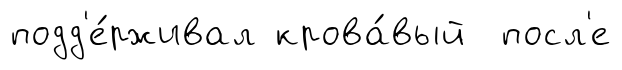
подд'е́рживал крова́вый посл'е